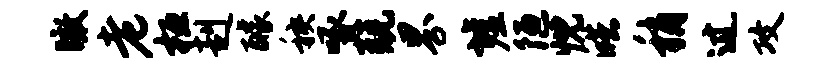
瞰老桓赳醵秧啄兢界墟陋忱皓稍过攻